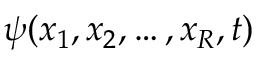
\psi ( x _ { 1 } , x _ { 2 } , \ldots , x _ { R } , t )